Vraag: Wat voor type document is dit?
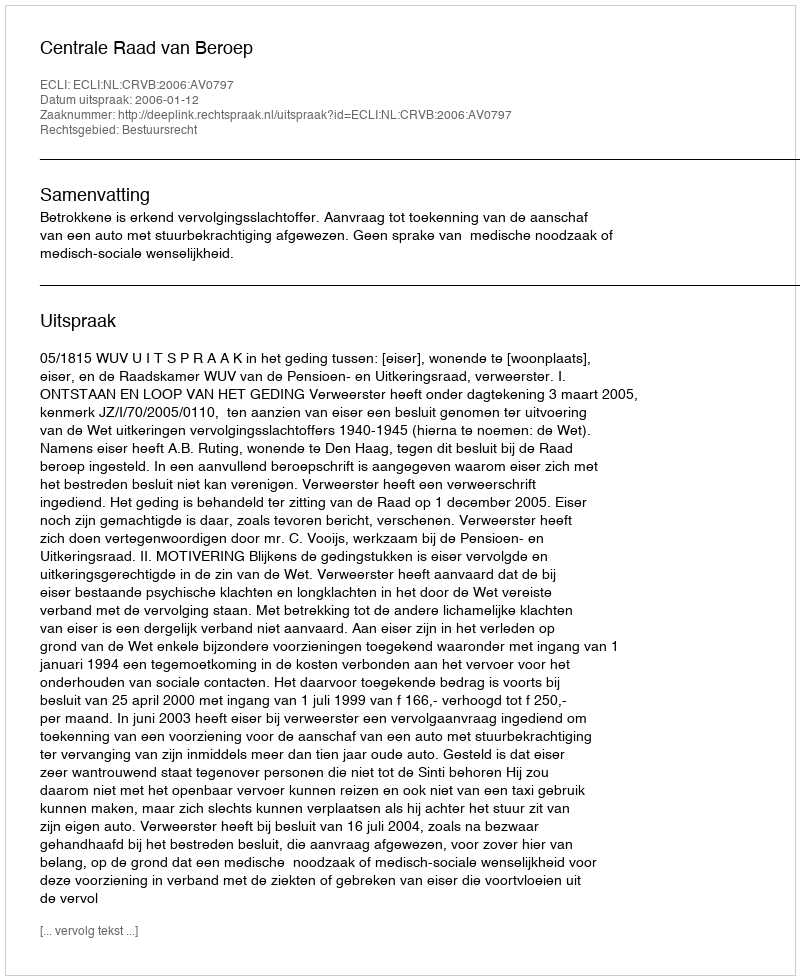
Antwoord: Uitspraak